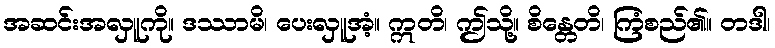
အဆင်းအလှူကို။ ဒဿာမိ၊ ပေးလှူအံ့။ ဣတိ၊ ဤသို့။ စိန္တေတိ၊ ကြံစည်၏။ တဒါ၊